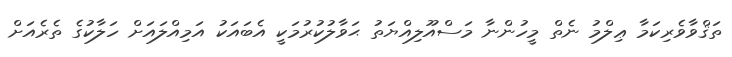
ތަޤްވާވެރިކަމާ ޢިލްމު ނެތް މީހުންނާ މަސްއޫލިއްޔަތު ޙަވާލުކުރުމަކީ އެބައަކު އަމިއްލައަށް ހަލާކުގެ ތެރެއަށް